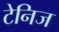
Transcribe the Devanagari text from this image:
टेनिज